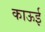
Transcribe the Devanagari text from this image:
काऊई